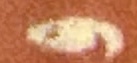
و